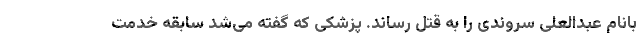
بانام عبدالعلی سروندی را به قتل رساند. پزشکی که گفته می‌شد سابقه خدمت